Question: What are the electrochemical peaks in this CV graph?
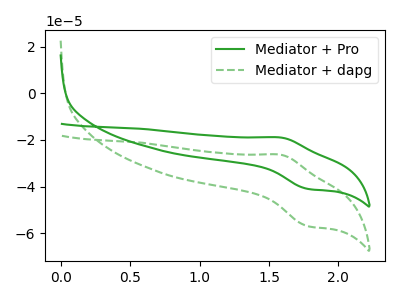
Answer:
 <answer>The green curve "Mediator + Pro" has an anodic peak at (1.60V, -18.95uA) and a cathodic peak at (1.80V, -40.95uA). The green dashed curve "Mediator + dapg" has an anodic peak at (1.60V, -26.35uA) and a cathodic peak at (1.80V, -56.95uA).</answer>
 <eval></eval>